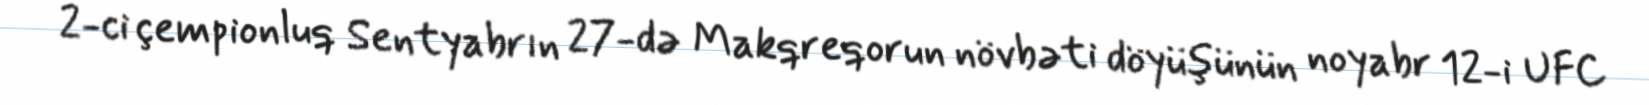
2-ci çempionluq Sentyabrın 27-də Makqreqorun növbəti döyüşünün noyabr 12-i UFC